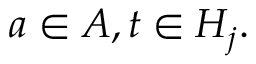
a \in A , t \in H _ { j } .